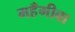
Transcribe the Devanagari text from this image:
महँगीबा